Indian journal of veterinary science and animal husbandry - Volume 4,
Year: 1934
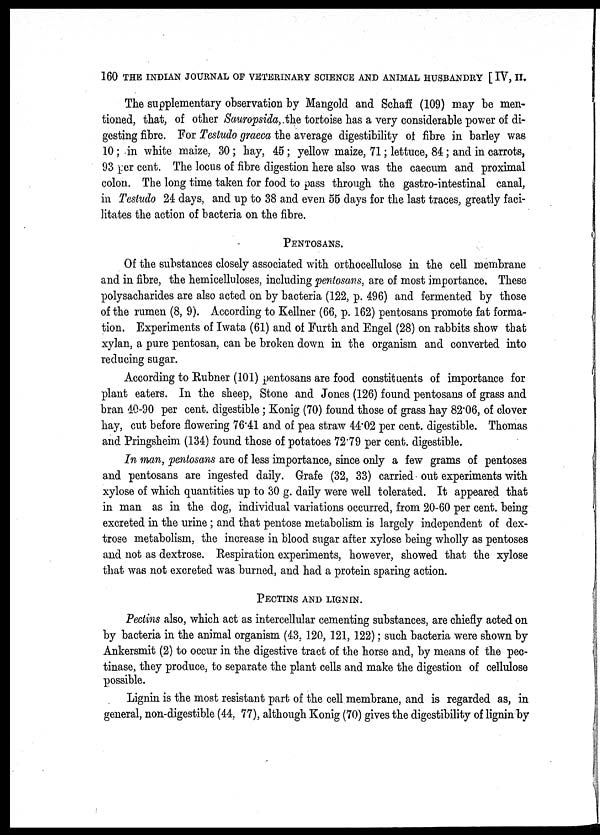
160 THE INDIAN JOURNAL OF VETERINARY SCIENCE AND ANIMAL HUSBANDRY [ IV, II.
The supplementary observation by Mangold and Schaff (109) may be men-
tioned, that, of other Sauropsida,.the tortoise has a very considerable power of di-
gesting fibre. For Testudo graeca the average digestibility of fibre in barley was
10; in white maize, 30; hay, 45 ; yellow maize, 71; lettuce, 84; and in carrots,
93 per cent. The locus of fibre digestion here also was the caecum and proximal
colon. The long time taken for food to pass through the gastro-intestinal canal,
in Testudo 24 days, and up to 38 and even 55 days for the last traces, greatly faci-
litates the action of bacteria on the fibre.
PENTOSANS.
Of the substances closely associated with orthocellulose in the cell membrane
and in fibre, the hemicelluloses, including pentosans, are of most importance. These
polysacharides are also acted on by bacteria (122, p. 496) and fermented by those
of the rumen (8, 9). According to Kellner (66, p. 162) pentosans promote fat forma-
tion. Experiments of Iwata (61) and of Furth and Engel (28) on rabbits show that
xylan, a pure pentosan, can be broken down in the organism and converted into
reducing sugar.
According to Rubner (101) pentosans are food constituents of importance for
plant eaters. In the sheep, Stone and Jones (126) found pentosans of grass and
bran 40-90 per cent. digestible; Konig (70) found those of grass hay 82.06, of clover
hay, cut before flowering 76.41 and of pea straw 44.02 per cent. digestible. Thomas
and Pringsheim (134) found those of potatoes 72.79 per cent. digestible.
In man, pentosans are of less importance, since only a few grams of pentoses
and pentosans are ingested daily. Grafe (32, 33) carried out experiments with
xylose of which quantities up to 30 g. daily were well tolerated. It appeared that
in man as in the dog, individual variations occurred, from 20-60 per cent. being
excreted in the urine ; and that pentose metabolism is largely independent of dex-
trose metabolism, the increase in blood sugar after xylose being wholly as pentoses
and not as dextrose. Respiration experiments, however, showed that the xylose
that was not excreted was burned, and had a protein sparing action.
PECTINS AND LIGNIN.
Pectins also, which act as intercellular cementing substances, are chiefly acted on
by bacteria in the animal organism (43, 120, 121, 122); such bacteria were shown by
Ankersmit (2) to occur in the digestive tract of the horse and, by means of the pec-
tinase, they produce, to separate the plant cells and make the digestion of cellulose
possible.
Lignin is the most resistant part of the cell membrane, and is regarded as, in
general, non-digestible (44, 77), although Konig (70) gives the digestibility of lignin by